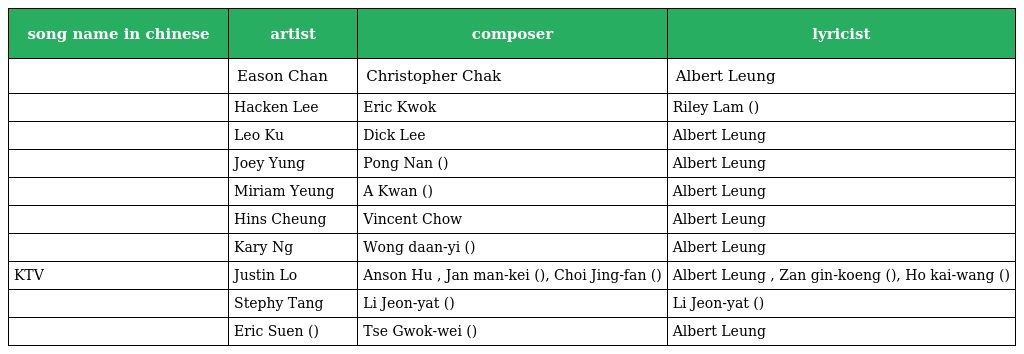
| song name in chinese | artist | composer | lyricist |
 | --- | --- | --- | --- |
 | 富士山下 | Eason Chan | Christopher Chak | Albert Leung |
 | 花落誰家 | Hacken Lee | Eric Kwok | Riley Lam (林若寧) |
 | 愛回家 | Leo Ku | Dick Lee | Albert Leung |
 | 愛一個上一課 | Joey Yung | Pong Nan (藍奕邦) | Albert Leung |
 | 化 | Miriam Yeung | A Kwan (阿滾) | Albert Leung |
 | 酷愛 | Hins Cheung | Vincent Chow | Albert Leung |
 | 逼得太緊 | Kary Ng | Wong daan-yi (黃丹儀) | Albert Leung |
 | 男人KTV | Justin Lo | Anson Hu , Jan man-kei (殷文琦), Choi Jing-fan (蔡政勳) | Albert Leung , Zan gin-koeng (甄健強), Ho kai-wang (何啟弘) |
 | 電燈膽 | Stephy Tang | Li Jeon-yat (李峻一) | Li Jeon-yat (李峻一) |
 | 思前戀後 | Eric Suen (孫耀威) | Tse Gwok-wei (謝國維) | Albert Leung |